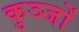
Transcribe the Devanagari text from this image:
कुञ्जों